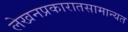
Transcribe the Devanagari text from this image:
लेखनप्रकारातसामान्यत